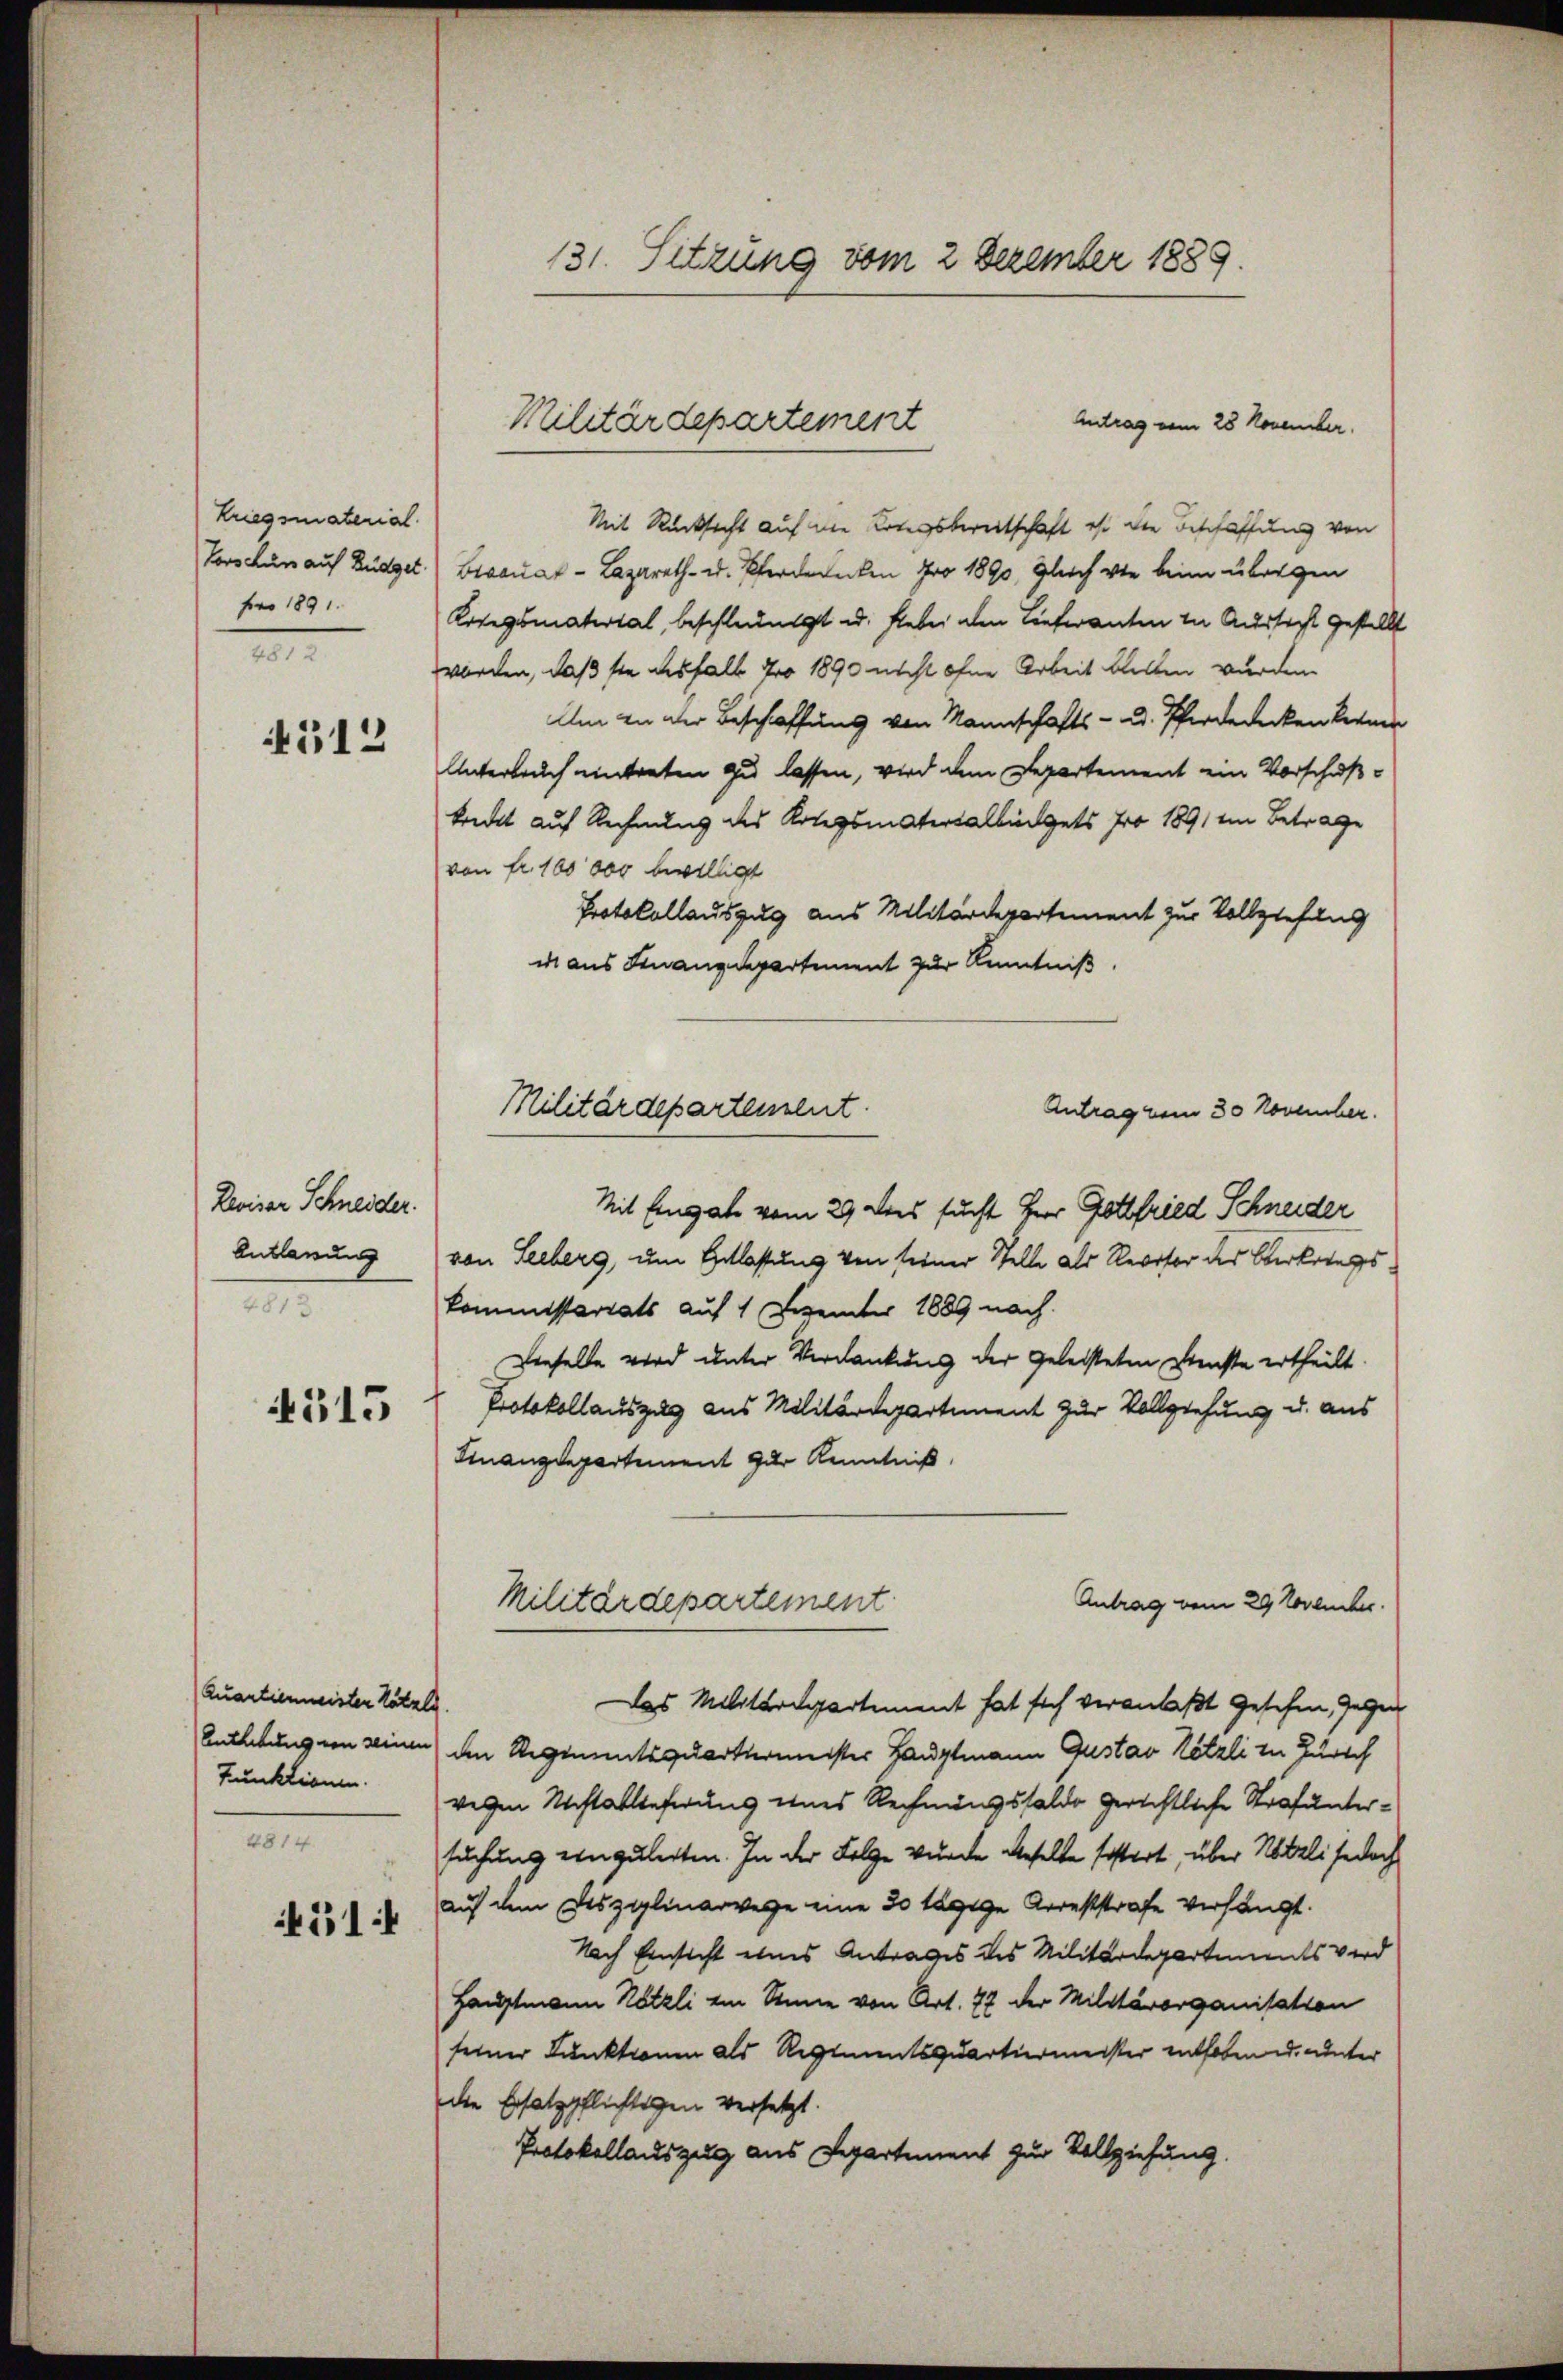
Kriegsmaterial.
Torshun auf Büdget
fr 1891.
III

4512

Reviser Schneider.
Antlärung
III.

4315

Quartienmeister Katale.
Funktionen.
4814.

51:

131. Sitzung vom 2 Dezember 1889.

Mit Rücksicht auf die Kriegsbereitschaft ist die Beschaffung von
Bioauat - Lazareth- u. Pferdencken pro 1890, Gleich wie beim übrigen
Lorgsmaterial, beschleunigt u. hiebei den Lieferanten in Aussicht gestellt
worden, daß sie deshalb 4 1890 nicht ohne Arbeit bleiben wurden.
Alen an der Beschaffung von Mannschafts- u. Pferdencken keinen
Unterbruch eintreten zu lassen, wird dem Departement ein Vorschußtreckt auf Rechnung des Kriegsmatersalbüdgets pro 1891 im Betrage
von fr. 100 000 bewilligt
Protokollauszug aus Militärdepartement zur Vollziehung
i aus Finanzdepartement zur Kenntniß
Antrag vom 30 Novencher.
Mit Eingabe vom 29 dies sucht Herr Gottfried Schneider
von Seeberg, um Entlassung von seiner Stelle als Revisor des Oberkriegs
kommissariats auf 1 Dezember 1889 nach
Dieselbe wird unter Verdankung der geleisteten Dienste ertheilt.
Protokollauszug aus Militärdepartement zur Vollziehung u. aus
Finanzdepartement zur Kenntniß
Militärdepartement.
Antrag vom 29 Novencher.
das Militärspartement hat sich veranlaßt gesehen, gegen
Anthebung von seinen den Regimentsquartiermeister Hauptmann Gustav Nötzli in Zürich
wegen Nichtablieferung eines Rechnungssaldo gerichtliche Strafuntersuchung einzuleiten. In der Folge wurde dieselbe festert, über Noteli jedoch
auf dem Deszglinarwege eine 20 tägige Arreststrafe verhängt.
Nach Einsicht eines Antrages des Militärdepartements verd
Hauptmann Nötzli im Sinne von Art. 77 der Militärorganisation
seiner Funktionen als Regimentsquartiermeister enthoben u. unter
die Ersatzpflichtigen versetzt.
Protokollauszug aus Departement zur Vollziehung.

Militärdepartement
Antrag vom 28 November.

Militärdepartement.